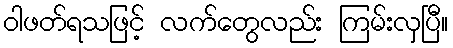
ဝါဖတ်ရသဖြင့် လက်တွေလည်း ကြမ်းလှပြီ။